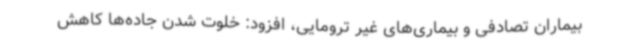
بیماران تصادفی و بیماری‌های غیر ترومایی، افزود: خلوت شدن جاده‌ها کاهش